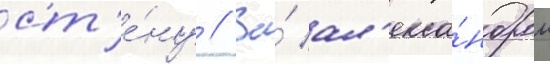
ст'е́ну // За́ ал'екса́ндром